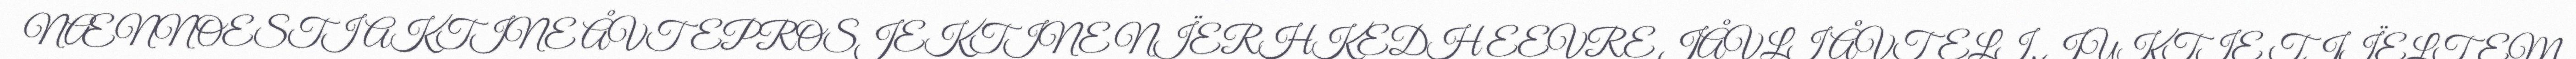
NÆNNOESTI AKTINE ÅVTEPROSJEKTINE NÏERHKEDH EEVRE JÅVLI ÅVTELI, JUKTIE TJÏELTEM